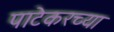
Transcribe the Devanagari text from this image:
पाटेकरच्या